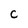
Character: c